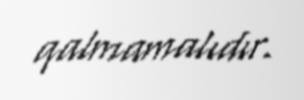
qalmamalıdır.